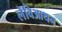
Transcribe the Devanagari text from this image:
लेविआथन